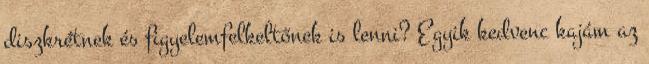
diszkrétnek és figyelemfelkeltőnek is lenni? Egyik kedvenc kajám az